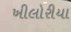
ખીલોરીયા